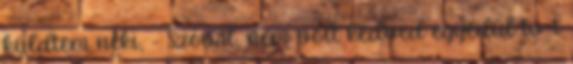
küldtem neki, - Szóval, nem volt kedved egyedül tv-t